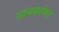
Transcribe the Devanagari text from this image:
यांचबरोबर